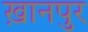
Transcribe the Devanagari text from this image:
ख़ानपुर